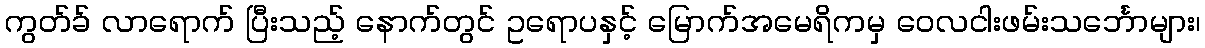
ကွတ်ခ် လာရောက် ပြီးသည့် နောက်တွင် ဥရောပနှင့် မြောက်အမေရိကမှ ဝေလငါးဖမ်းသင်္ဘောများ၊